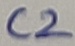
Text: C2